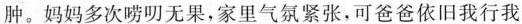
肿。妈妈多次唠叨无果，家里气氛紧张，可爸爸依旧我行我